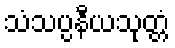
သံသပ္ပနီယသုတ္တံ